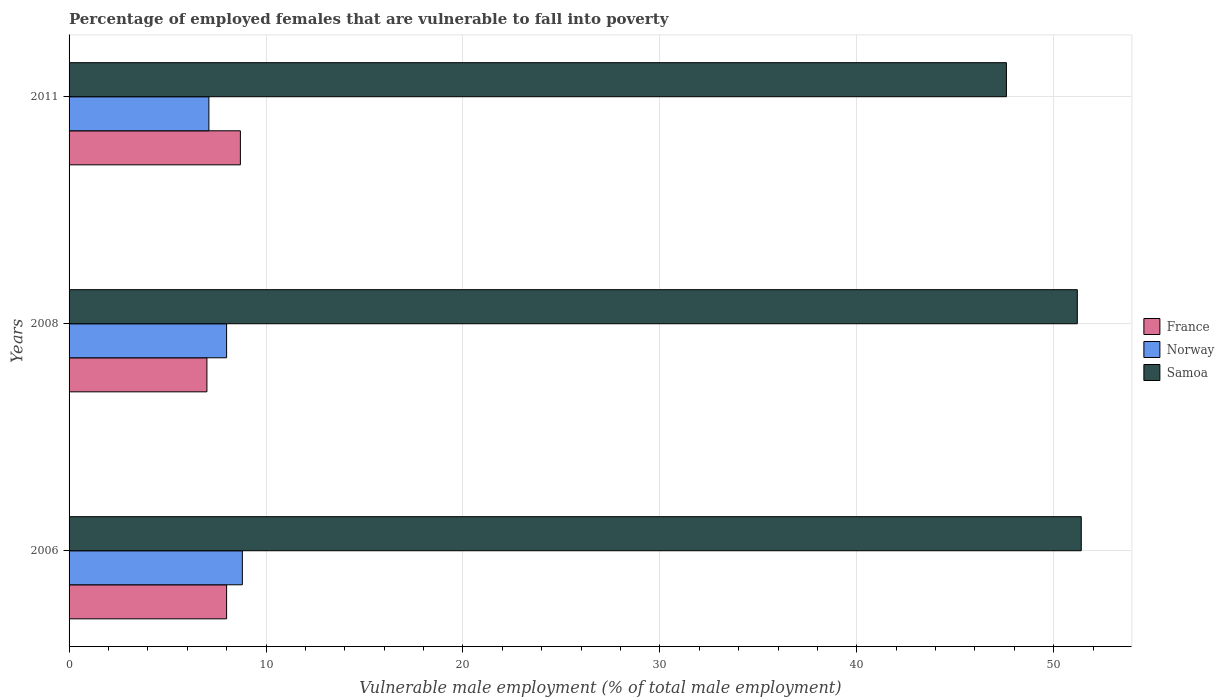
| Years | France | Norway | Samoa |
 | --- | --- | --- | --- |
 | 2006 | 8 | 8.8 | 51.4 |
 | 2008 | 7 | 8 | 51.2 |
 | 2011 | 8.7 | 7.1 | 47.6 |